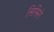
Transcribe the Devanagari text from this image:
सिसिरो